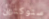
ستوكتون